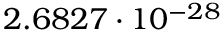
2 . 6 8 2 7 \cdot 1 0 ^ { - 2 8 }